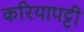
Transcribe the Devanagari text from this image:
करियापट्टी